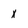
Character: x